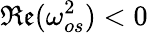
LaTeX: \mathfrak{Re}(\omega_{os}^{2})<0